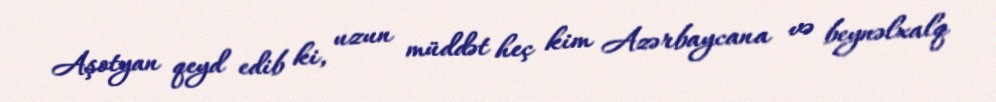
Aşotyan qeyd edib ki, uzun müddət heç kim Azərbaycana və beynəlxalq